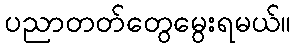
ပညာတတ်တွေမွေးရမယ်။